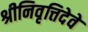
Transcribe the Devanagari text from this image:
श्रीनिवृत्तिदेवे